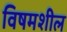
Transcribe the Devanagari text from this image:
विषमशील